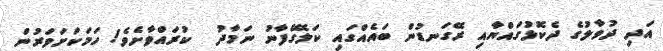
އަދި ދުވާލުގެ ދެކޮޅުގައްޔާއި ރޭގަނޑުން ބައެއްގައި ކަލޭގެފާނު ނަމާދު  ކުރައްވާށެވެ! ހަމަކަށަވަރުން